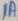
Text: 1A